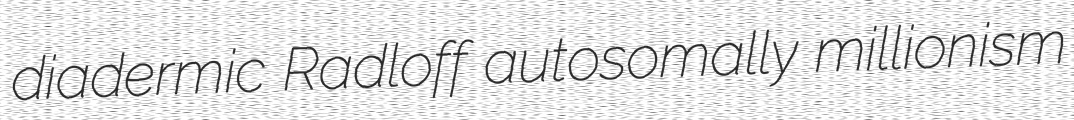
diadermic Radloff autosomally millionism